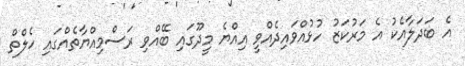
އެ ބަދަލާއެކު އެ މަރުކަޒު ހުޅުއްވައިދެއްވީ އިއްޔެ މީދޫގައި ބޭއްވި ރަސްމިއްޔާތެއްގައި ހެލްތް